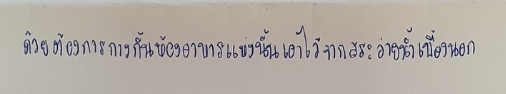
ด้วยต้องการกางกั้นห้องอาหารแห่งนั้นเอาไว้จากสระว่ายน้ำเบื้องนอก